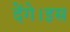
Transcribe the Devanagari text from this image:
देंगे।इस